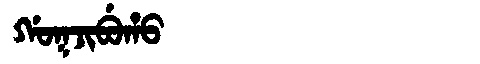
Manchu: ᡤᠣᡴᠵᡳᠪᡠᡥᠣ
Romanization: GOKJIBUHO